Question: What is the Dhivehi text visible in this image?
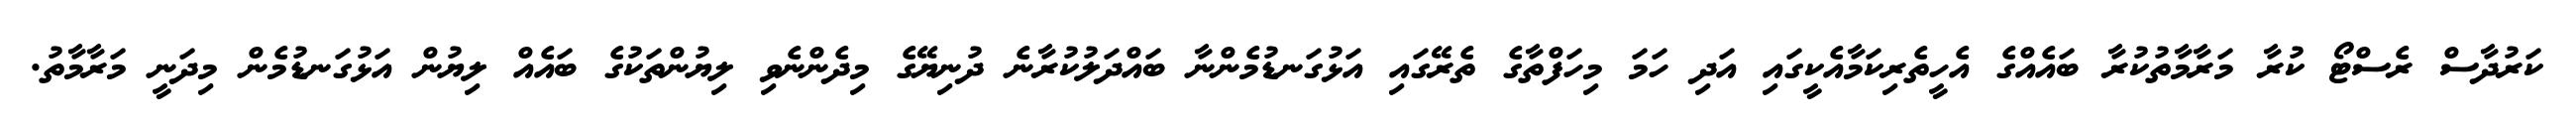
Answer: ކަރުދާސް ރެސްޓޯ ކުރާ މަރާމާތުކުރާ ބައެއްގެ އެހީތެރިކަމާއެކީގައި އަދި ހަމަ މިހަފްތާގެ ތެރޭގައި އަޅުގަނޑުމެންނާ ބައްދަލުކުރާނެ ދުނިޔޭގެ މިދެންނެވި ލިޔުންތަކުގެ ބައެއް ލިޔުން އަޅުގަނޑުމެން މިދަނީ މަރާމާތު.